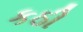
કઠી